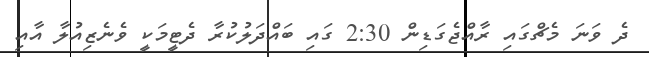
ދެ ވަނަ މެޗްގައި ރާއްޖެގަޑިން 2:30 ގައި ބައްދަލުކުރާ ދެޓީމަކީ ވެނެޒިއުލާ އާއި